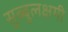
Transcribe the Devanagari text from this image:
सुब्बुलक्षमी